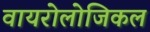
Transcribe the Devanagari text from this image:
वायरोलोजिकल